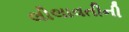
લીલાવતીની